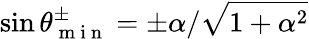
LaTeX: \sin{\theta_{\mathrm{~m~i~n~}}^{\pm}}=\pm\alpha/\sqrt{1+\alpha^{2}}